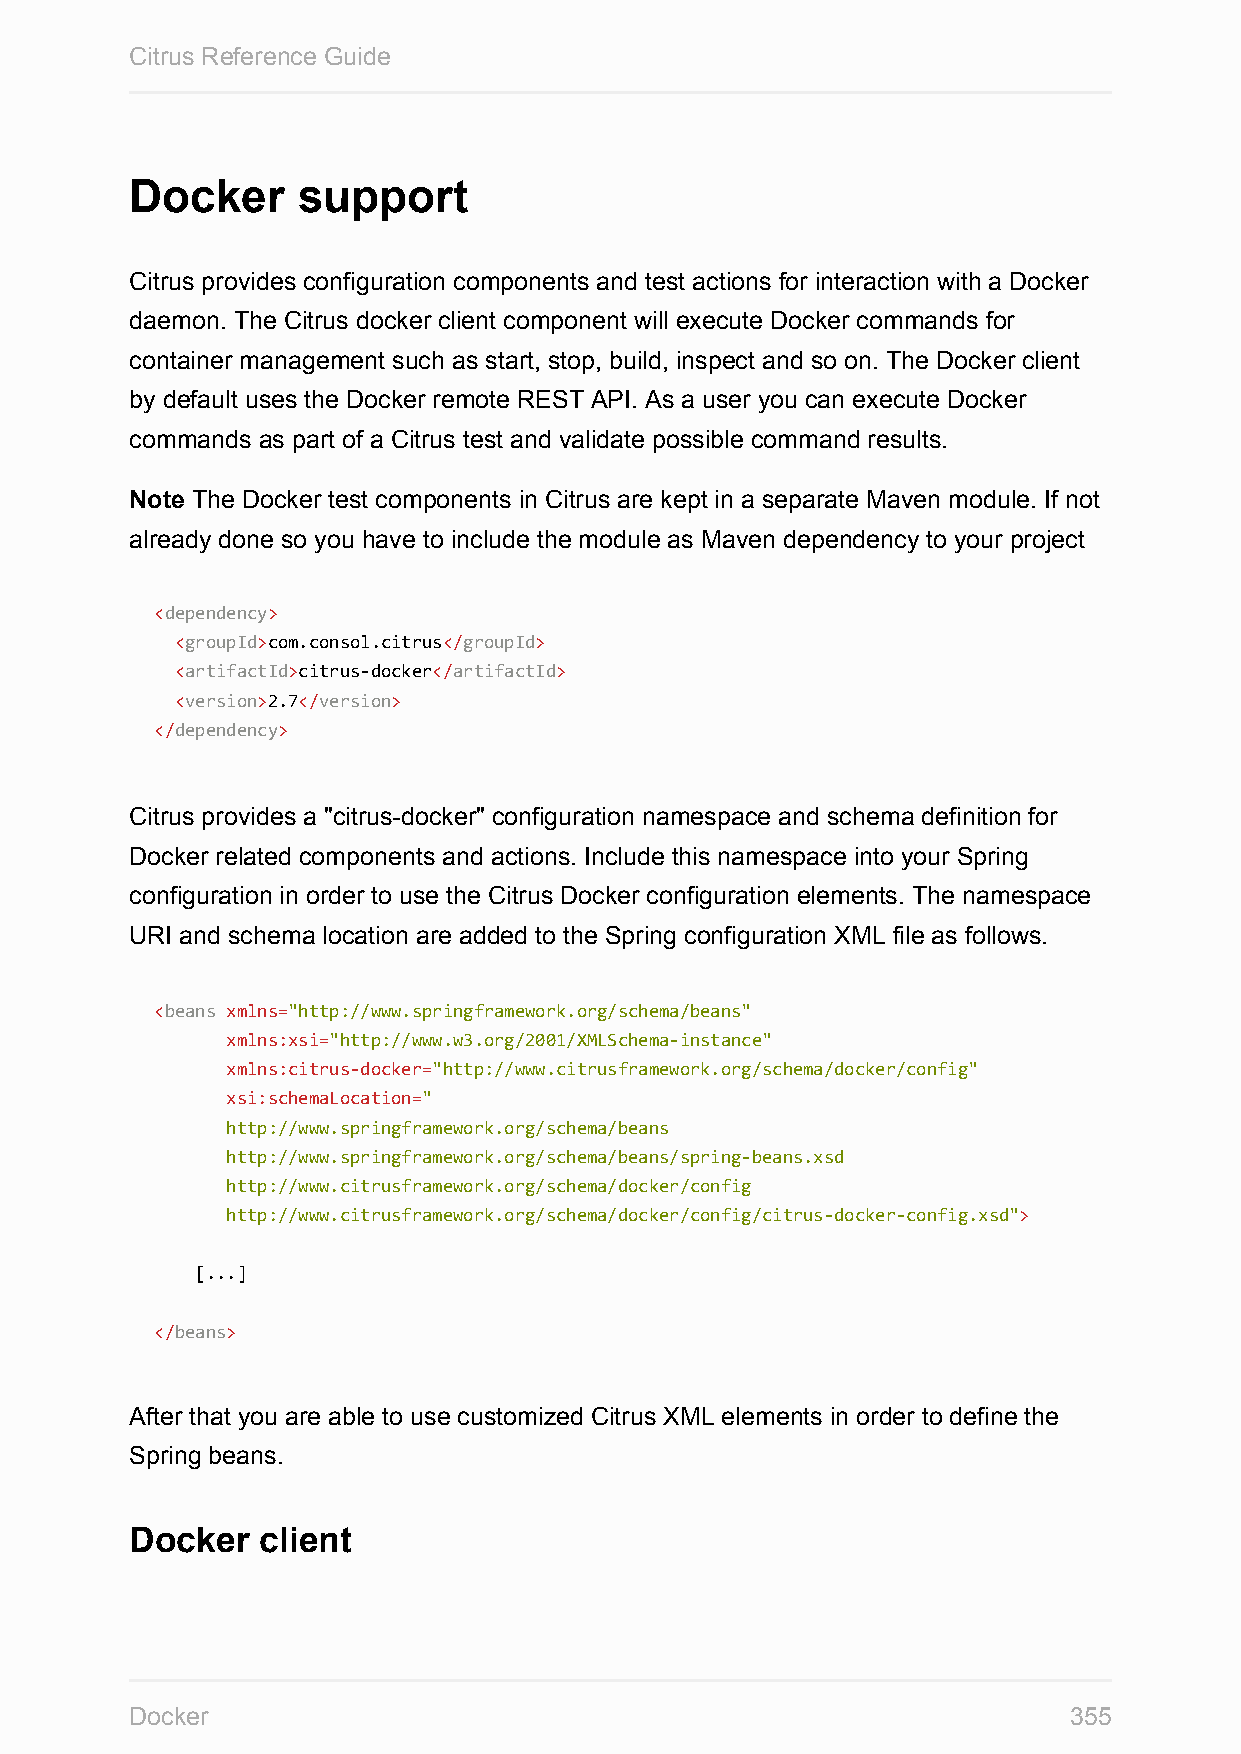
Citrus Reference Guide
 Docker     support
 Citrus provides configuration components and test actions for interaction with a Docker
 daemon. The Citrus docker client component will execute Docker commands for
 container management such as start, stop, build, inspect and so on. The Docker client
 by default uses the Docker remote REST API. As a user you can execute Docker
 commands as part of a Citrus test and validate possible command results.
 Note The Docker test components in Citrus are kept in a separate Maven module. If not
 already done so you have to include the module as Maven dependency to your project
 <dependency>
 <groupId>com.consol.citrus</groupId>
 <artifactId>citrus-docker</artifactId>
 <version>2.7</version>
 </dependency>
 Citrus provides a "citrus-docker" configuration namespace and schema definition for
 Docker related components and actions. Include this namespace into your Spring
 configuration in order to use the Citrus Docker configuration elements. The namespace
 URI and schema location are added to the Spring configuration XML file as follows.
 <beans xmlns="http://www.springframework.org/schema/beans"
 xmlns:xsi="http://www.w3.org/2001/XMLSchema-instance"
 xmlns:citrus-docker="http://www.citrusframework.org/schema/docker/config"
 xsi:schemaLocation="
 http://www.springframework.org/schema/beans
 http://www.springframework.org/schema/beans/spring-beans.xsd
 http://www.citrusframework.org/schema/docker/config
 http://www.citrusframework.org/schema/docker/config/citrus-docker-config.xsd">
 [...]
 </beans>
 After that you are able to use customized Citrus XML elements in order to define the
 Spring beans.
 Docker  client
 Docker                                                        355